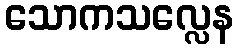
သောကသလ္လေန